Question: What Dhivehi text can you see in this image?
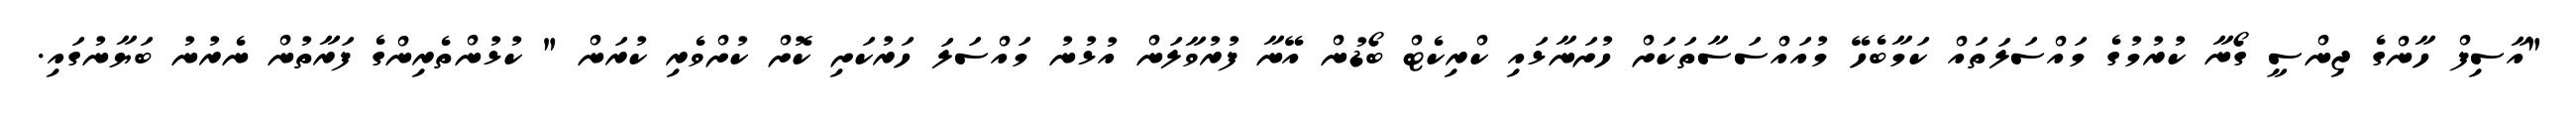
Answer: "އާސިފް ހާންގެ ޖިންސީ ގޯނާ ކުރުމުގެ މައްސަލަތައް ކަމާބެހޭ މުއައްސަސާތަކަށް ހުށަނާޅައި ކްރިކެޓް ބޯޑުން އޭނާ ފުރުވާލަން އުޅުނު މައްސަލަ ހަރުކަށި ކޮށް ކުށްވެރި ކުރަން " ކުޅުންތެރިންގެ ފަރާތުން ނެރުނު ބަޔާނުގައި.